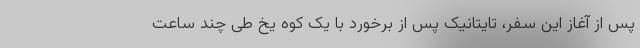
پس از آغاز این سفر، تایتانیک پس از برخورد با یک کوه یخ طی چند ساعت